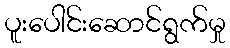
ပူးပေါင်းဆောင်ရွက်မှု